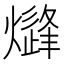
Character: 𱬢